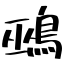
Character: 鵐